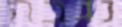
נגבה